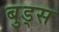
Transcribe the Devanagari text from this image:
बुड्स